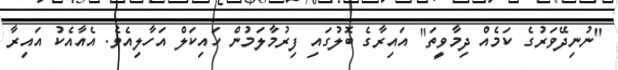
"ނުނިދޭވަރުގެ ކަމެއް ދިމާވީތަ" އައިރާގެ ބޮލުގައި ފިރުމާލަމުން ހައިކަލް އަހާލިއެވެ. އެއާއެކު އައިރާ